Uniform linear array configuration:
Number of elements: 4
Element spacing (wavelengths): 1
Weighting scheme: cosine
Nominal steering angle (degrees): -30
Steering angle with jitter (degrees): -28.183
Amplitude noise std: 0.05
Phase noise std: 0.05

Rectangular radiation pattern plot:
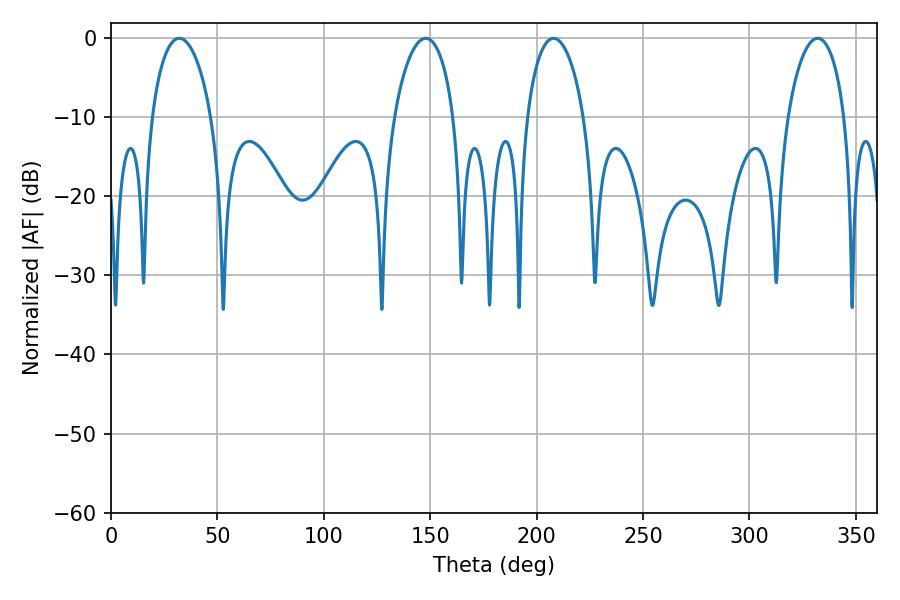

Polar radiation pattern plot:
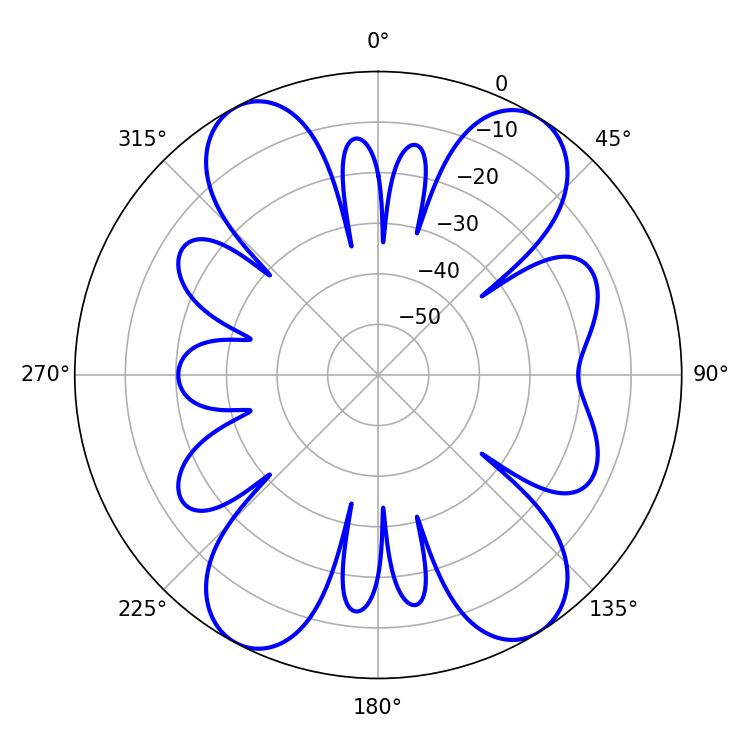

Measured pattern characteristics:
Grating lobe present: TRUE
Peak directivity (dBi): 15.088
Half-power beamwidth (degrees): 15.3
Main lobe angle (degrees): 207.9